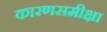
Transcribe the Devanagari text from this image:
कारणसमीक्षा